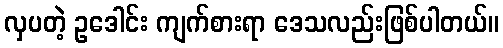
လှပတဲ့ ဥဒေါင်း ကျက်စားရာ ဒေသလည်းဖြစ်ပါတယ်။